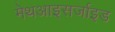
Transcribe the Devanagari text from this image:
मेथआइसर्जाइड